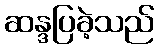
ဆန္ဒပြခဲ့သည်